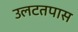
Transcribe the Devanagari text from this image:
उलटतपास